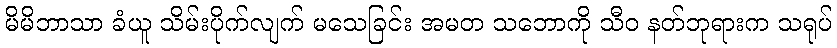
မိမိဘာသာ ခံယူ သိမ်းပိုက်လျက် မသေခြင်း အမတ သဘောကို သီဝ နတ်ဘုရားက သရုပ်